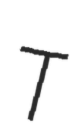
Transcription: T